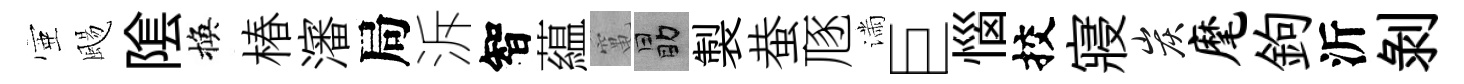
壺颺隂換椿瀋局泝智藴𥧄勗製蛬豗滿巨惱挍寢炭麾鉤沂剥